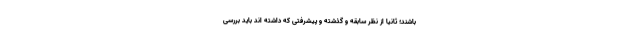
باشند؛ ثانیا از نظر سابقه و گذشته و پیشرفتی که داشته اند باید بررسی